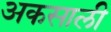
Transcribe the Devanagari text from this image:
अकसाली